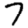
Digit: 7